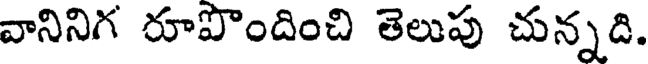
వానినిగ రూపొందించి తెలుపు చున్నది.